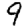
Digit: 9